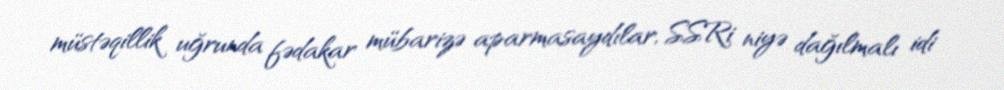
müstəqillik uğrunda fədakar mübarizə aparmasaydılar, SSRi niyə dağılmalı idi